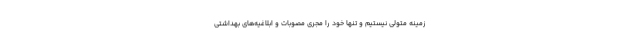
زمینه متولی نیستیم و تنها خود را مجری مصوبات و ابلاغیه‌های بهداشتی